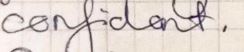
confident.